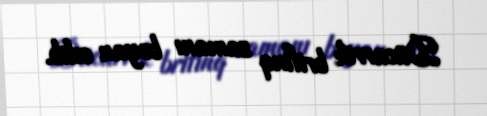
Dücarrik brifinq zamanı bəyan edib.